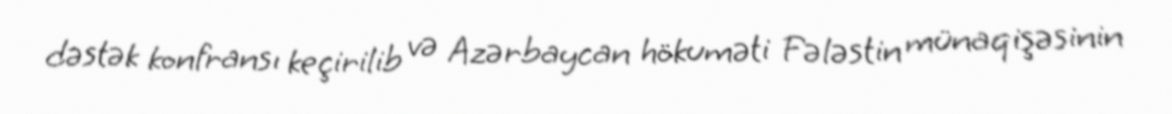
dəstək konfransı keçirilib və Azərbaycan hökuməti Fələstin münaqişəsinin